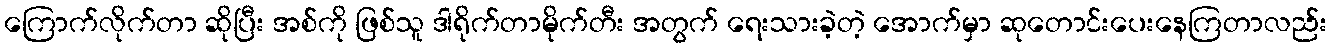
ကြောက်လိုက်တာ ဆိုပြီး အစ်ကို ဖြစ်သူ ဒါရိုက်တာမိုက်တီး အတွက် ရေးသားခဲ့တဲ့ အောက်မှာ ဆုတောင်းပေးနေကြတာလည်း